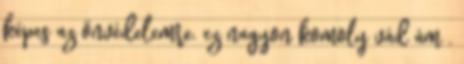
képes az önvédelemre. ez nagyon komoly vád ám .